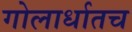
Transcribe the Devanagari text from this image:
गोलार्धातच